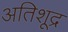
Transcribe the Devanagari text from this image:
अतिशूद्र